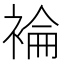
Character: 𧛈